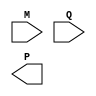
module BoothWallaceMultiplier #(parameter WIDTH = 8) (
    input signed [WIDTH-1:0] M,  // Multiplicand
    input signed [WIDTH-1:0] Q,  // Multiplier
    output signed [(2*WIDTH)-1:0] P // Product
);

    // Internal signals
    reg signed [WIDTH-1:0] partial_products [0:WIDTH-1];
    reg [WIDTH:0] Q_ext; // Extended multiplier for Booth encoding
    integer i;

    // Booth Encoding and Partial Product Generation
    always @(*) begin
        Q_ext = {1'b0, Q}; // Extend Q with an extra bit for Booth encoding
        for (i = 0; i < WIDTH; i = i + 1) begin
            case (Q_ext[i+1:i])
                2'b00: partial_products[i] = 0; // No product
                2'b01: partial_products[i] = M << i; // Add M shifted
                2'b10: partial_products[i] = -M << i; // Subtract M shifted
                2'b11: partial_products[i] = partial_products[i-1]; // Maintain previous
            endcase
        end
    end

    // Wallace Tree Reduction
    wire [2*WIDTH-1:0] sum [0:WIDTH-1];
    wire [WIDTH-1:0] carry [0:WIDTH-1];
    
    // Initialize partial products
    generate
        genvar j;
        for (j = 0; j < WIDTH; j = j + 1) begin : pp_gen
            assign sum[j] = partial_products[j];
        end
    endgenerate

    // Wallace Tree Reduction Logic
    integer k;
    always @(*) begin
        for (k = 0; k < WIDTH-1; k = k + 1) begin
            // Full adder logic for Wallace tree
            if (k % 3 == 0) begin
                {carry[k], sum[k/3]} = sum[k] + sum[k+1] + sum[k+2];
            end
        end
    end

    // Final Addition
    wire [2*WIDTH-1:0] final_sum;
    assign final_sum = sum[0] + carry[0];

    // Assign final product
    assign P = final_sum;

endmodule